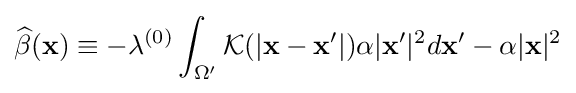
{\widehat {\beta }}({\bf {x}})\equiv -\lambda ^{(0)}\int _{\Omega '}{\mathcal {K}}(|{\bf {x}}-{\bf {x}}'|)\alpha |{\bf {x}}'|^{2}d{\bf {x}}'-\alpha |{\bf {x}}|^{2}